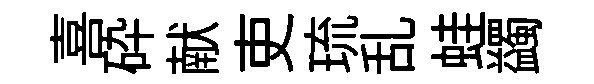
喜砕献吏琉乱蛙蠲